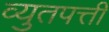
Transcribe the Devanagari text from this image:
व्युतपत्ती